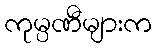
ကုမ္ပဏီများက